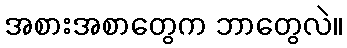
အစားအစာတွေက ဘာတွေလဲ။